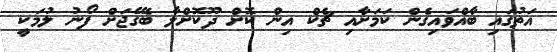
އަތުގައި ބާއްވައިގެން ކަމަށާއި ޗެކް އިން ކޮށް ދޫކޮށްލާ ބެގޭޖަށް ފޯނު ލުމަކީ